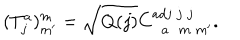
( T _ { j } ^ { a } ) _ { m ^ { \prime } } ^ { m } = \sqrt { Q ( j ) } C _ { \; \; a \; \; m \; m ^ { \prime } } ^ { a d j \; j \; j } .